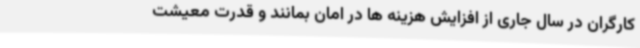
کارگران در سال جاری از افزایش هزینه ها در امان بمانند و قدرت معیشت